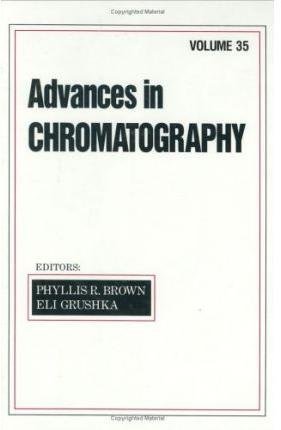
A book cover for Advances in Parasitology, Vol. 35; Medical Books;